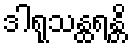
ဒါရုသန္ထရန္တိ